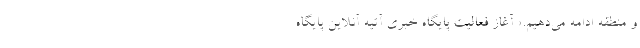
و منطقه ادامه می‌دهیم.» آغاز فعالیت پایگاه خبری آتیه آنلاین پایگاه